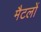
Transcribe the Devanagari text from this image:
मैटलों